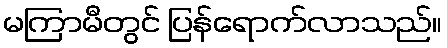
မကြာမီတွင် ပြန်ရောက်လာသည်။